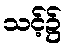
သင့်၌